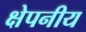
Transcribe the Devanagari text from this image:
क्षेपनीय